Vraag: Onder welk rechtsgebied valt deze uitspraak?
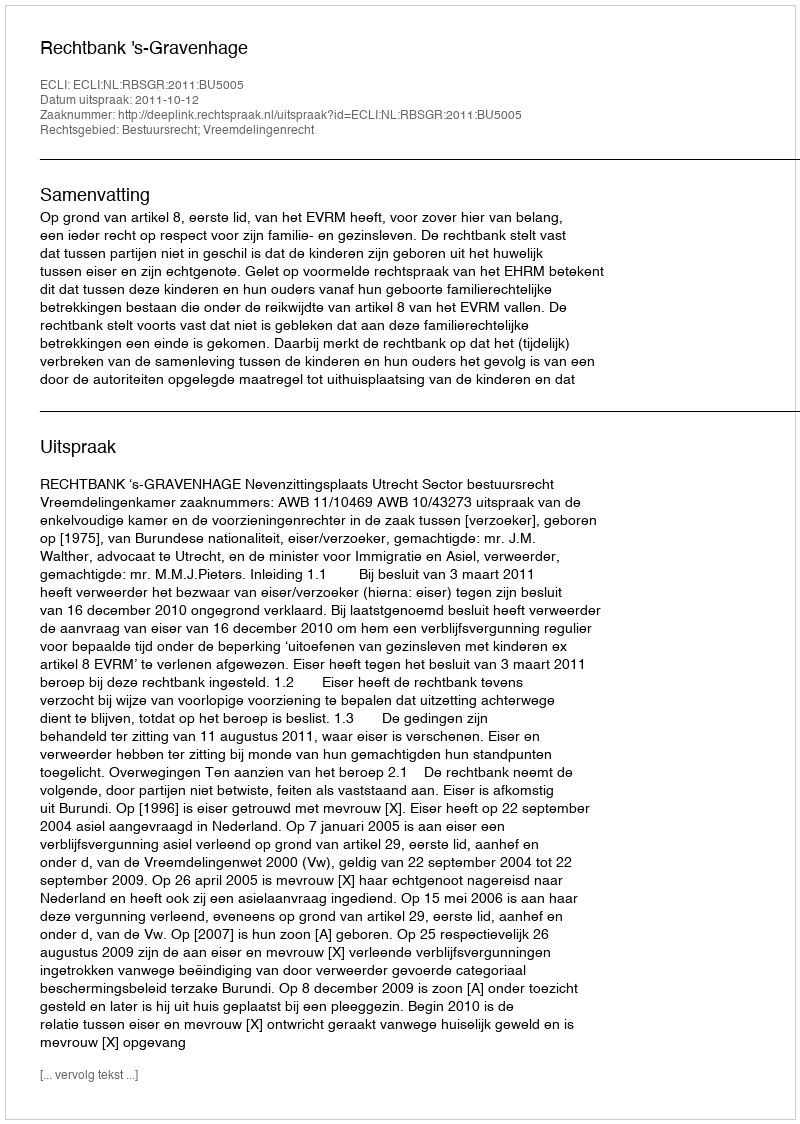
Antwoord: Bestuursrecht; Vreemdelingenrecht